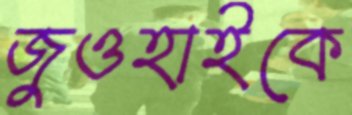
জুওহাইকে